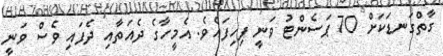
ގާތްގަނޑަކަށް 70 ޕަސެންޓު ވަނީ ފިހިފައެވެ. އެމީހާގެ ދެއަތާއި ދެފައި ވެސް ވަނީ